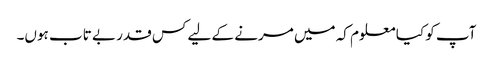
آپ کو کیا معلوم کہ میں مرنے کے لیے کس قدر بے تاب ہوں۔